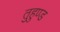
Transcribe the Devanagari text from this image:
तुहुण्ड